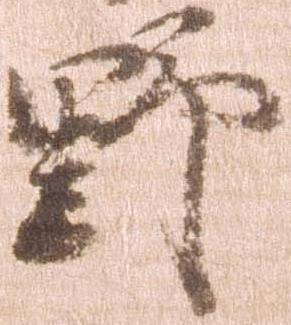
野